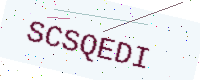
Text: SCSQEDI